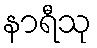
နာရီသု